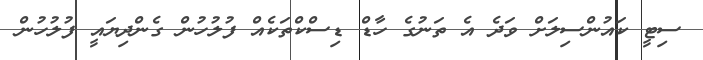
ސިޓީ ކައުންސިލަށް ވަދެ އެ ތަނުގެ ހާޑް ޑިސްކްތަކެއް ފުލުހުން ގެންދިޔައީ ފުލުހުން